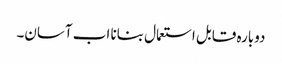
دوبارہ قابل استعمال بنانا اب آسان۔